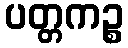
ပတ္တကဉ္စ